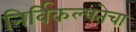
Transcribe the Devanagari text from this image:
निर्विकल्पतेचा